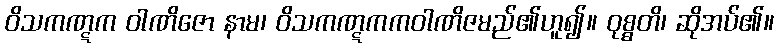
ဝိသကဏ္ဋက ဝါဏိဇော နာမ၊ ဝိသကဏ္ဋကကဝါဏိဇမည်၏ဟူ၍။ ဝုစ္စတိ၊ ဆိုအပ်၏။